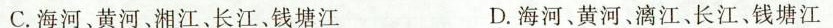
C. 海河、黄河、湘江、长江、钱塘江 D. 海河、黄河、漓江、长江、钱塘江